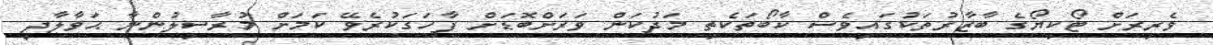
ވެރިރަށް ޓޯކިޔޯގެ ބާޒާރުތަކުގައިވެސް ކާބޯތަކެތި މަދުކަން ވަރަށްބޮޑަށް ފާހަގަކުރެވޭ ކަމަށް މުރާސިލުންނާ ޙަވާލާދީ